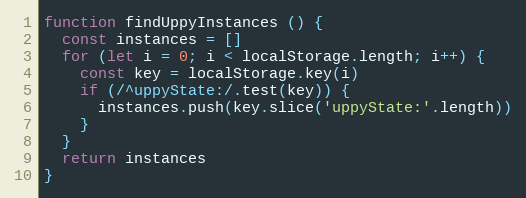
Language: JavaScript
function findUppyInstances () {
  const instances = []
  for (let i = 0; i < localStorage.length; i++) {
    const key = localStorage.key(i)
    if (/^uppyState:/.test(key)) {
      instances.push(key.slice('uppyState:'.length))
    }
  }
  return instances
}